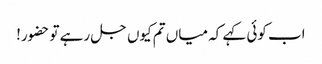
اب کوئی کہے کہ میاں تم کیوں جل رہے تو حضور!